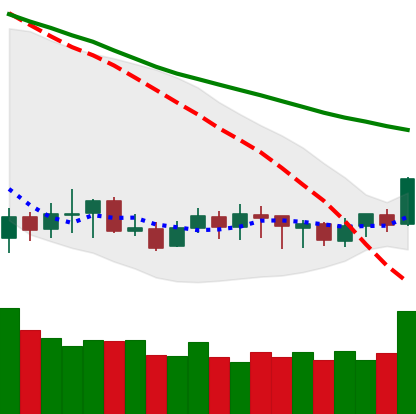
Ticker: XLM-USD
Chart end date: 2020-01-06
Forward return: -3.21%
Label: down_3_5